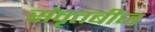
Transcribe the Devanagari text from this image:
संवृतबीज